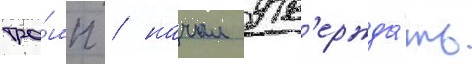
тра́мп / начал утв'ержда́ть